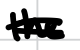
Text: the
Cross-out: double-line
Writing tool: digital_black